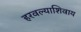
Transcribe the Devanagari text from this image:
हरवल्याशिवाय